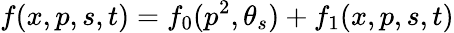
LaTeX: f(x,p,s,t)=f_{0}(p^{2},\theta_{s})+f_{1}(x,p,s,t)